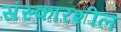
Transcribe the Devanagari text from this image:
संस्कारशील